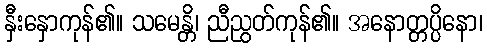
နှီးနှောကုန်၏။ သမေန္တိ၊ ညီညွတ်ကုန်၏။ အနောတ္တပ္ပိနော၊